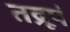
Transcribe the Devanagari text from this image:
तद्रूपं